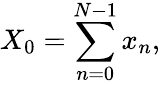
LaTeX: X_{0}=\sum_{n=0}^{N-1}x_{n},